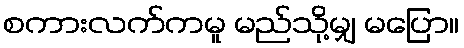
စကားလက်ကမူ မည်သို့မျှ မပြော။